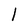
Character: l